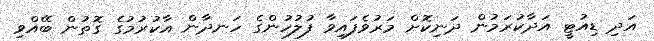
އަދި ޑިއުޓީ އަދާކުރަމުން ދަނިކޮށް މަރުވެފައިވާ ފުލުހުންގެ ހަނދާން އާކުރުމުގެ ގޮތުން ބޭއްވި